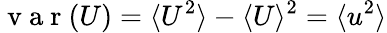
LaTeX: \mathrm{~v~a~r~}(U)=\langle U^{2}\rangle-\langle U\rangle^{2}=\langle u^{2}\rangle